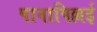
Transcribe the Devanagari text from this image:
पानापिल्लई